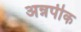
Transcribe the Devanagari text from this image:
अन्नपीक